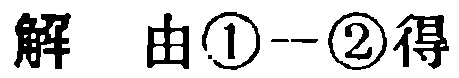
解 由\textcircled{1}--\textcircled{2}得